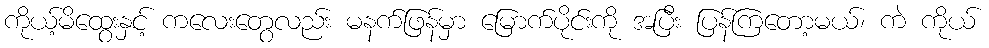
ကိုယ့်မိထွေးနှင့် ကလေးတွေလည်း မနက်ဖြန်မှာ မြောက်ပိုင်းကို အပြီး ပြန်ကြတော့မယ်၊ ကဲ ကိုယ်